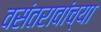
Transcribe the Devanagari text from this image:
वसंतरावांच्या